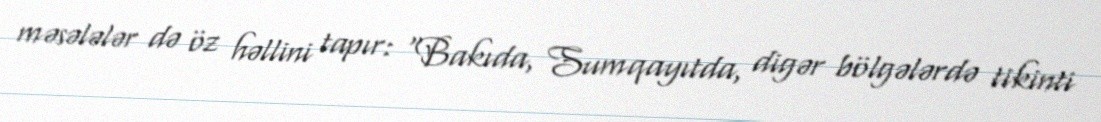
məsələlər də öz həllini tapır: “Bakıda, Sumqayıtda, digər bölgələrdə tikinti